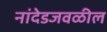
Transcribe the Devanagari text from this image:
नांदेडजवळील